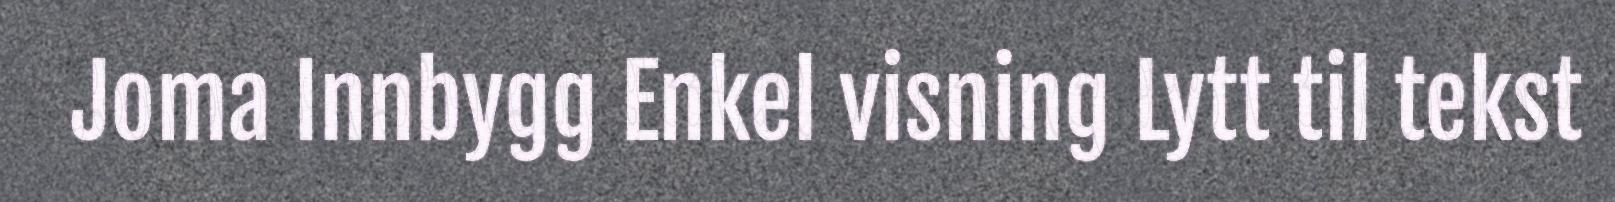
Joma Innbygg Enkel visning Lytt til tekst